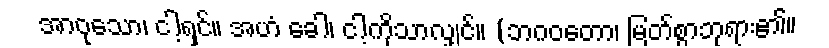
အာဝုသော၊ ငါ့ရှင်။ အဟံ ခေါ၊ ငါ့ကိုသာလျှင်။ (ဘဂဝတော၊ မြတ်စွာဘုရား၏။